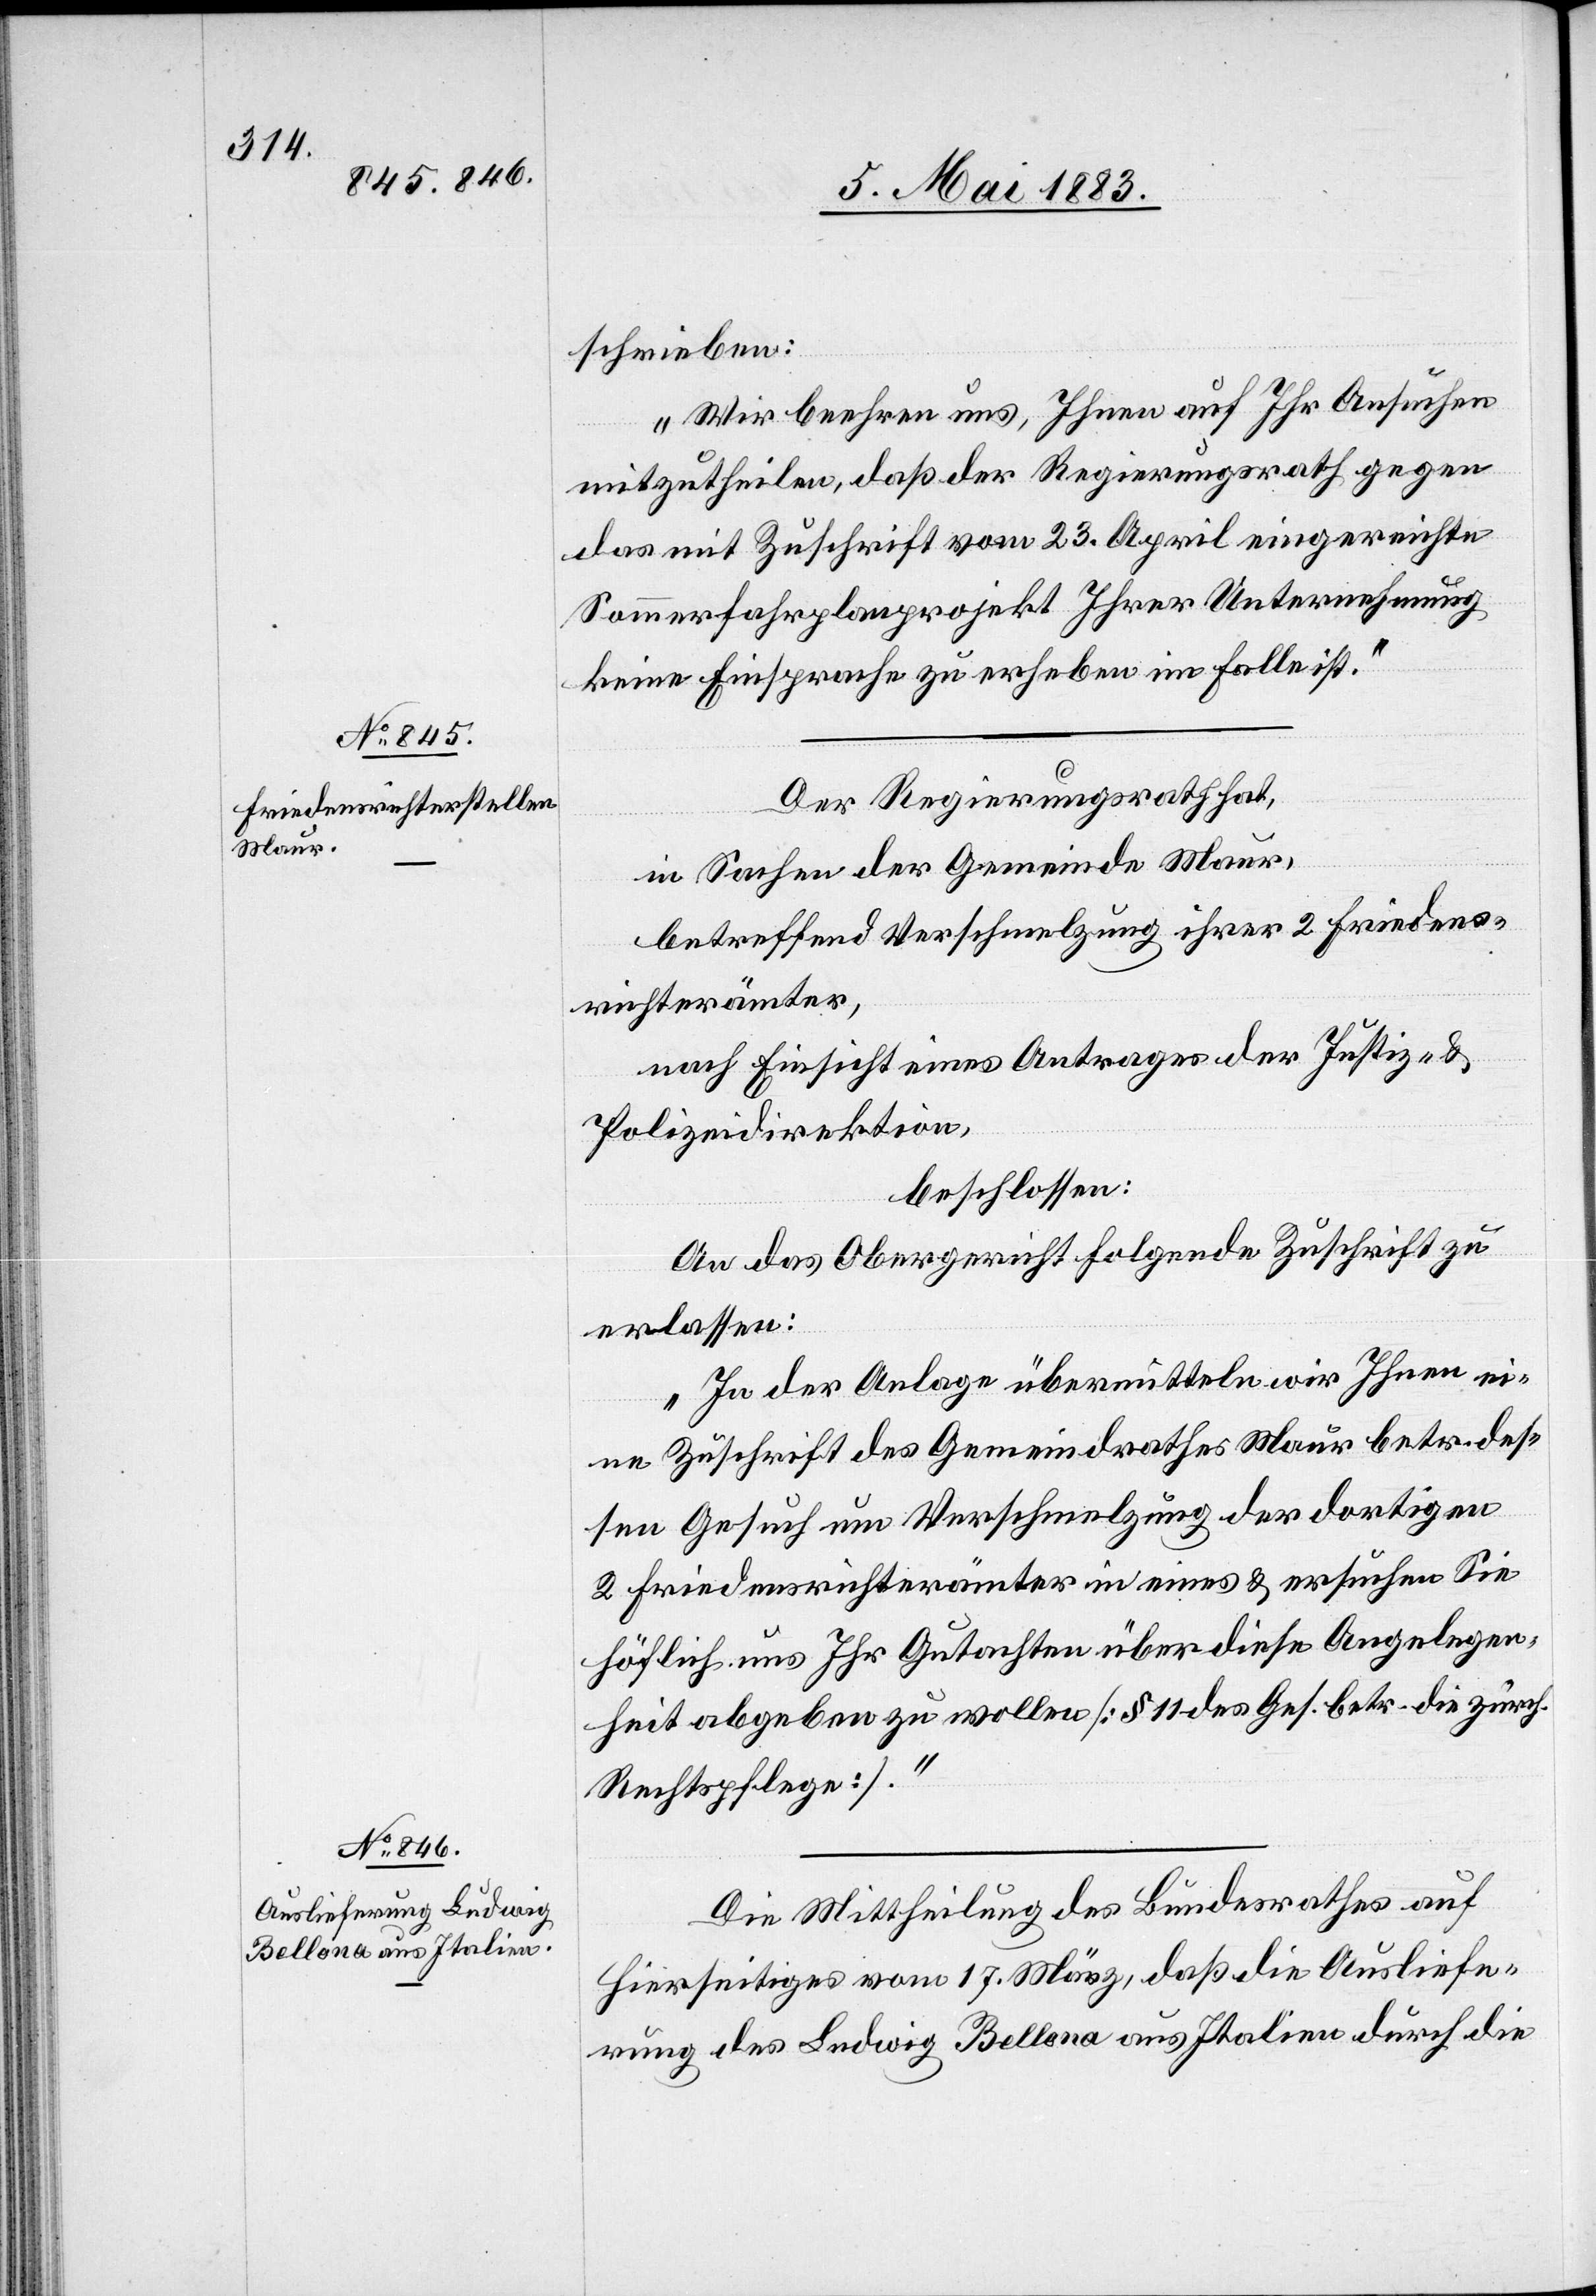
10. Mai 1883.]
schrieben:
„Wir beehren uns, Ihnen auf Ihr Ansuchen
mitzutheilen, daß der Regierungsrath gegen
das mit Zuschrift vom 23. April eingereichte
Sommerfahrplanprojekt Ihrer Unternehmung
keine Einsprache zu erheben im Falle ist.“
Der Regierungsrath hat,
in Sachen der Gemeinde Maur,
betreffend Verschmelzung ihrer 2 Friedens¬
richterämter,
nach Einsicht eines Antrages der Justiz- &
Polizeidirektion,
beschlossen:
An das Obergericht folgende Zuschrift zu
erlassen:
„In der Anlage übermitteln wir Ihnen ei¬
ne Zuschrift des Gemeindrathes Maur betr. des¬
sen Gesuch um Verschmelzung der dortigen
2 Friedensrichterämter in eines & ersuchen Sie
höflich uns Ihr Gutachten über diese Angelegen¬
heit abgeben zu wollen [§ 11 des Ges. betr. die zürch.
Rechtspflege].“
Die Mittheilung des Bundesrathes auf
Hierseitiges vom 17. März, daß die Ausliefe¬
rung des Ludwig Bellona aus Italien durch die